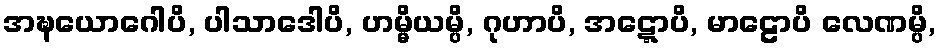
အဍ္ဎယောဂေါပိ, ပါသာဒေါပိ, ဟမ္မိယမ္ပိ, ဂုဟာပိ, အဋ္ဋောပိ, မာဠောပိ လေဏမ္ပိ,